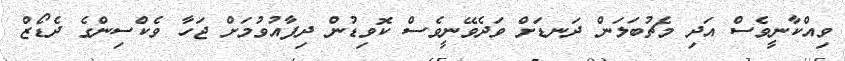
ވިއްކާނީވެސް އަދި މެޗުބަލަން ދަނޑަށް ވަދެވޭނީވެސް ކޮވިޑުން ދިފާއުވުމަށް ޖަހާ ވެކްސިންގެ ދެޑޯޒް